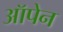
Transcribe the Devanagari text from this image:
ऑपेन